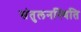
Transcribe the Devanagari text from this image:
संतुलनस्थिति